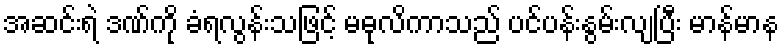
အဆင်းရဲ ဒဏ်ကို ခံရလွန်းသဖြင့် မဓုလိကာသည် ပင်ပန်းနွမ်းလျပြီး မာန်မာန